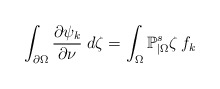
\begin{align*}\int_{\partial\Omega}\frac{\partial\psi_k}{\partial\nu}\;d\zeta=\int_\Omega\mathbb{P}_{|\Omega}^s\zeta\,f_k\end{align*}